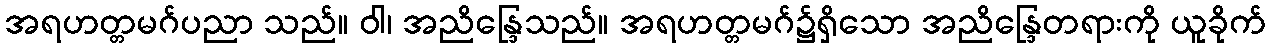
အရဟတ္တမဂ်ပညာ သည်။ ဝါ၊ အညိန္ဒြေသည်။ အရဟတ္တမဂ်၌ရှိသော အညိန္ဒြေတရားကို ယူခိုက်